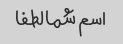
اسم شما لطفا